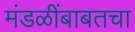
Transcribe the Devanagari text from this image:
मंडळींबाबतचा